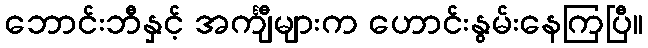
ဘောင်းဘီနှင့် အင်္ကျီများက ဟောင်းနွမ်းနေကြပြီ။